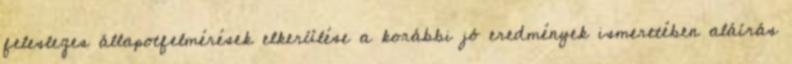
felesleges állapotfelmérések elkerülése a korábbi jó eredmények ismeretében aláírás